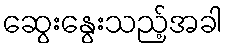
ဆွေးနွေးသည့်အခါ